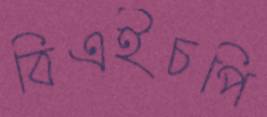
বিএইচপি